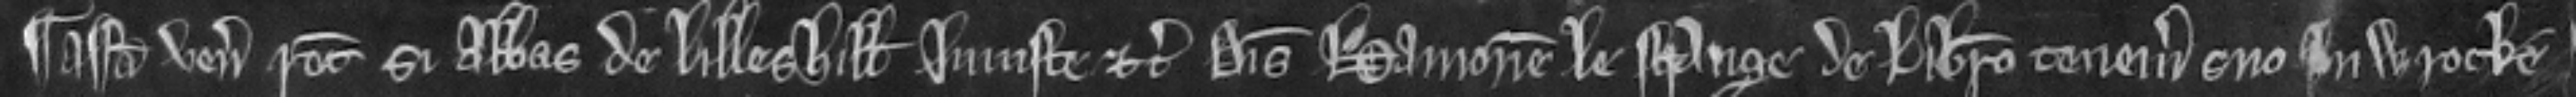
¶ Assisa venit recognitura si Abbas de Lilleshill injuste etc. disseisivit Hamonem Lestrange de libero tenemento suo in Wrocke